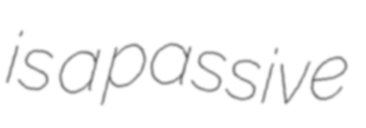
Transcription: is a passive